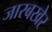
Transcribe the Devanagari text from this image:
जारबखेर